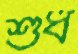
শুধ